Scottish Certificate of Education, 1963
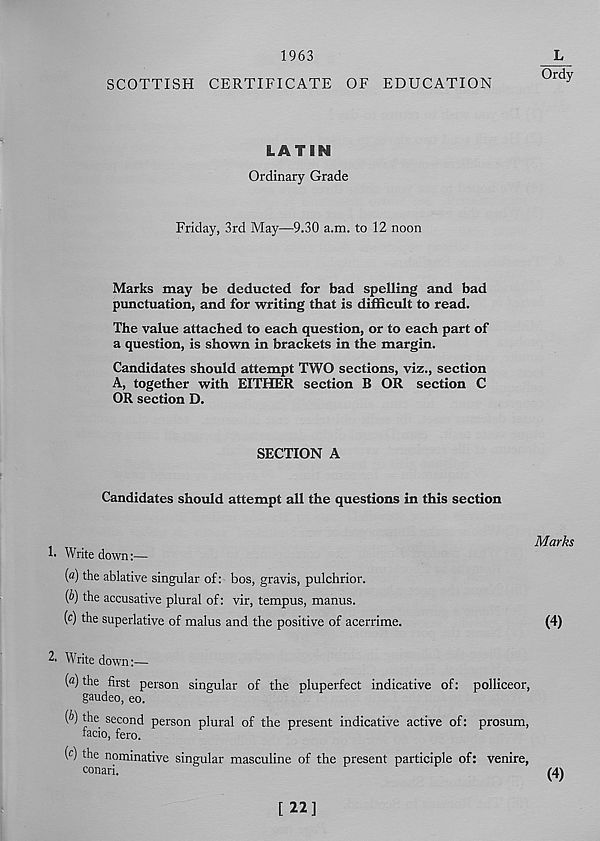
1963
L
Ordy
SCOTTISH CERTIFICATE OF EDUCATION
LATIN
Ordinary Grade
Friday, 3rd May—9.30 a.m. to 12 noon
Marks may be deducted for bad spelling and bad
punctuation, and for writing that is difficult to read.
The value attached to each question, or to each part of
a question, is shown in brackets in the margin.
Candidates should attempt TWO sections, viz., section
A, together with EITHER section B OR section C
OR section D.
SECTION A
Candidates should attempt all the questions in this section
!• Writedown:—
(<?) the ablative singular of: bos, gravis, pulchrior.
{b) the accusative plural of: vir, tempus, manus.
(c) the superlative of malus and the positive of acerrime.
2 ' Writedown:—
(a) the first person singular of the pluperfect indicative of: polliceor,
gaudeo, eo.
(b) the second person plural of the present indicative active of: prosum,
facio, fero.
( c ) the nominative singular masculine of the present participle of: venire,
conari.
Marks
(4)
[ 22]